Civil Veterinary Department. United Provinces 1923-31 - 1923-1931
Year: 1923
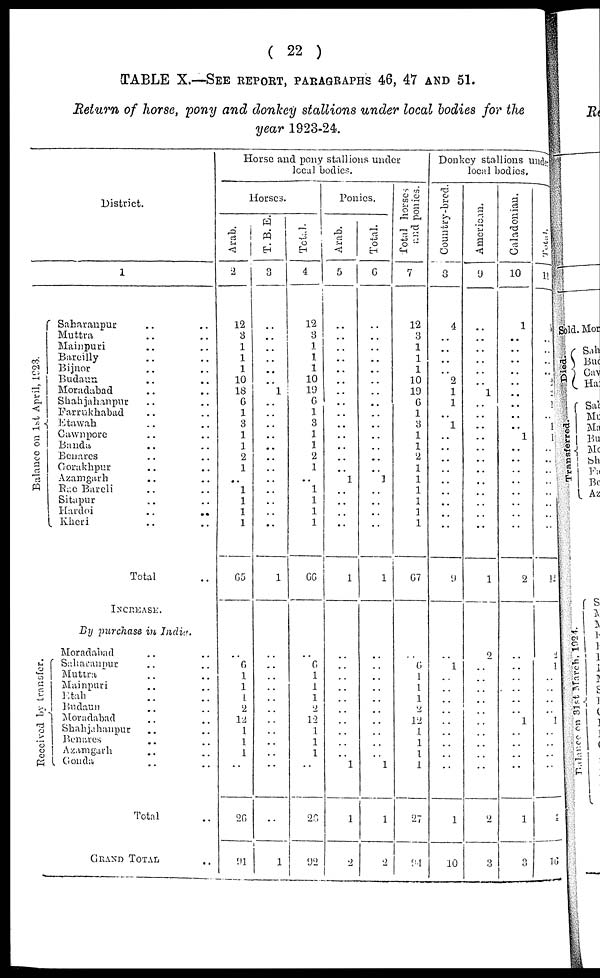
(
2 2
)
TABLE X.—SEE REPORT, PARAGRAPH 4 6 , 4 7 AND 5 1 .
Return of horse,
pony
and
donkey
stallions
under
local
bodies
for
the
year
1923-24.
District.
1
Balance on 1st April, 1923.
Saharanpur ..
Muttra ..
Mainpuri ..
Bareilly ..
Bijnor ..
Budaun ..
Moradabad ..
Shahjahanpur ..
Farrukhabad ..
Etawah ..
Cawnpore ..
Banda ..
Benares ..
Gorakhpur ..
Azamgarh ..
Rae Bareli ..
Sitapur ..
Hardoi ..
Kheri ..
Total
INCREASE.
By purchase in India.
Received by transfer.
Moradabad ..
Saharanpur ..
Muttra ..
Mainpuri ..
Etab ..
Budaun ..
Moradabad ..
Shahjahanpur ..
Benares ..
Azamgarh ..
Gonda ..
Total
GRAND
TOTAL
..
..
..
..
..
..
..
..
..
..
..
..
..
..
..
..
..
..
..
..
..
..
..
..
..
..
..
..
..
..
..
..
..
Horse and pony stallions under
local bodies.
Horses.
Arab.
2
12
3
1
1
1
10
18
6
1
3
1
1
2
1
..
1
1
1
1
65
..
6
1
1
1
2
12
1
1
1
..
20
91
T. B. E.
3
..
..
..
..
..
..
1
..
..
..
.. ..
..
..
..
..
..
..
..
1
..
..
..
..
..
..
..
..
..
..
..
..
1
Total.
4
12
3
1
1
1
10
19
6
1
3
1
1
2
1
..
1
1
1
1
66
..
6
1
1
1
2
12
1
1
1
..
26
92
Ponies.
Arab.
5
..
..
..
..
..
..
..
..
..
..
..
..
..
1
..
..
..
..
1
..
..
..
..
..
..
..
..
1
1
2
Total.
6
..
..
..
..
..
..
..
..
..
..
..
..
..
1
..
..
..
..
1
..
..
..
..
..
..
..
..
..
..
1
1
2
Total horses
and ponies.
7
12
3
1
1
1
10
19
6
1
3
1
1
2
1
1
1
1
1
1
67
..
6
1
1
1
2
12
1
1
1
1
27
94
Donkey stallions under
local bodies.
Country-bred.
3
4
..
..
..
2
1
1
..
1
..
..
..
..
..
..
..
..
..
9
..
1
..
..
..
..
..
..
..
..
..
1
10
American.
9
..
..
..
..
..
1
..
..
..
..
..
..
..
..
..
..
..
1
2
..
..
..
..
..
..
..
..
..
..
2
3
Caladonian.
10
1
..
..
..
..
..
..
..
..
..
1
..
..
..
..
..
..
..
..
2
..
..
..
..
..
1
..
..
..
..
1
3
Total.
11
1
..
..
..
..
1
1
1
..
1
1
..
..
..
..
..
..
..
..
12
2
1
..
..
..
..
1
..
..
..
..
1
16